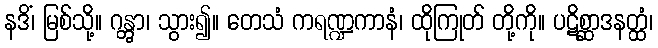
နဒိံ၊ မြစ်သို့။ ဂန္တွာ၊ သွား၍။ တေသံ ကရဏ္ဍကာနံ၊ ထိုကြုတ် တို့ကို။ ပဋိစ္ဆာဒနတ္ထံ၊